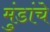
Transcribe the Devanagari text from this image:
मुंडांचे